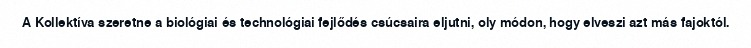
A Kollektíva szeretne a biológiai és technológiai fejlődés csúcsaira eljutni, oly módon, hogy elveszi azt más fajoktól.